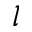
l